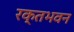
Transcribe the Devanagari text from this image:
रक्तभवन